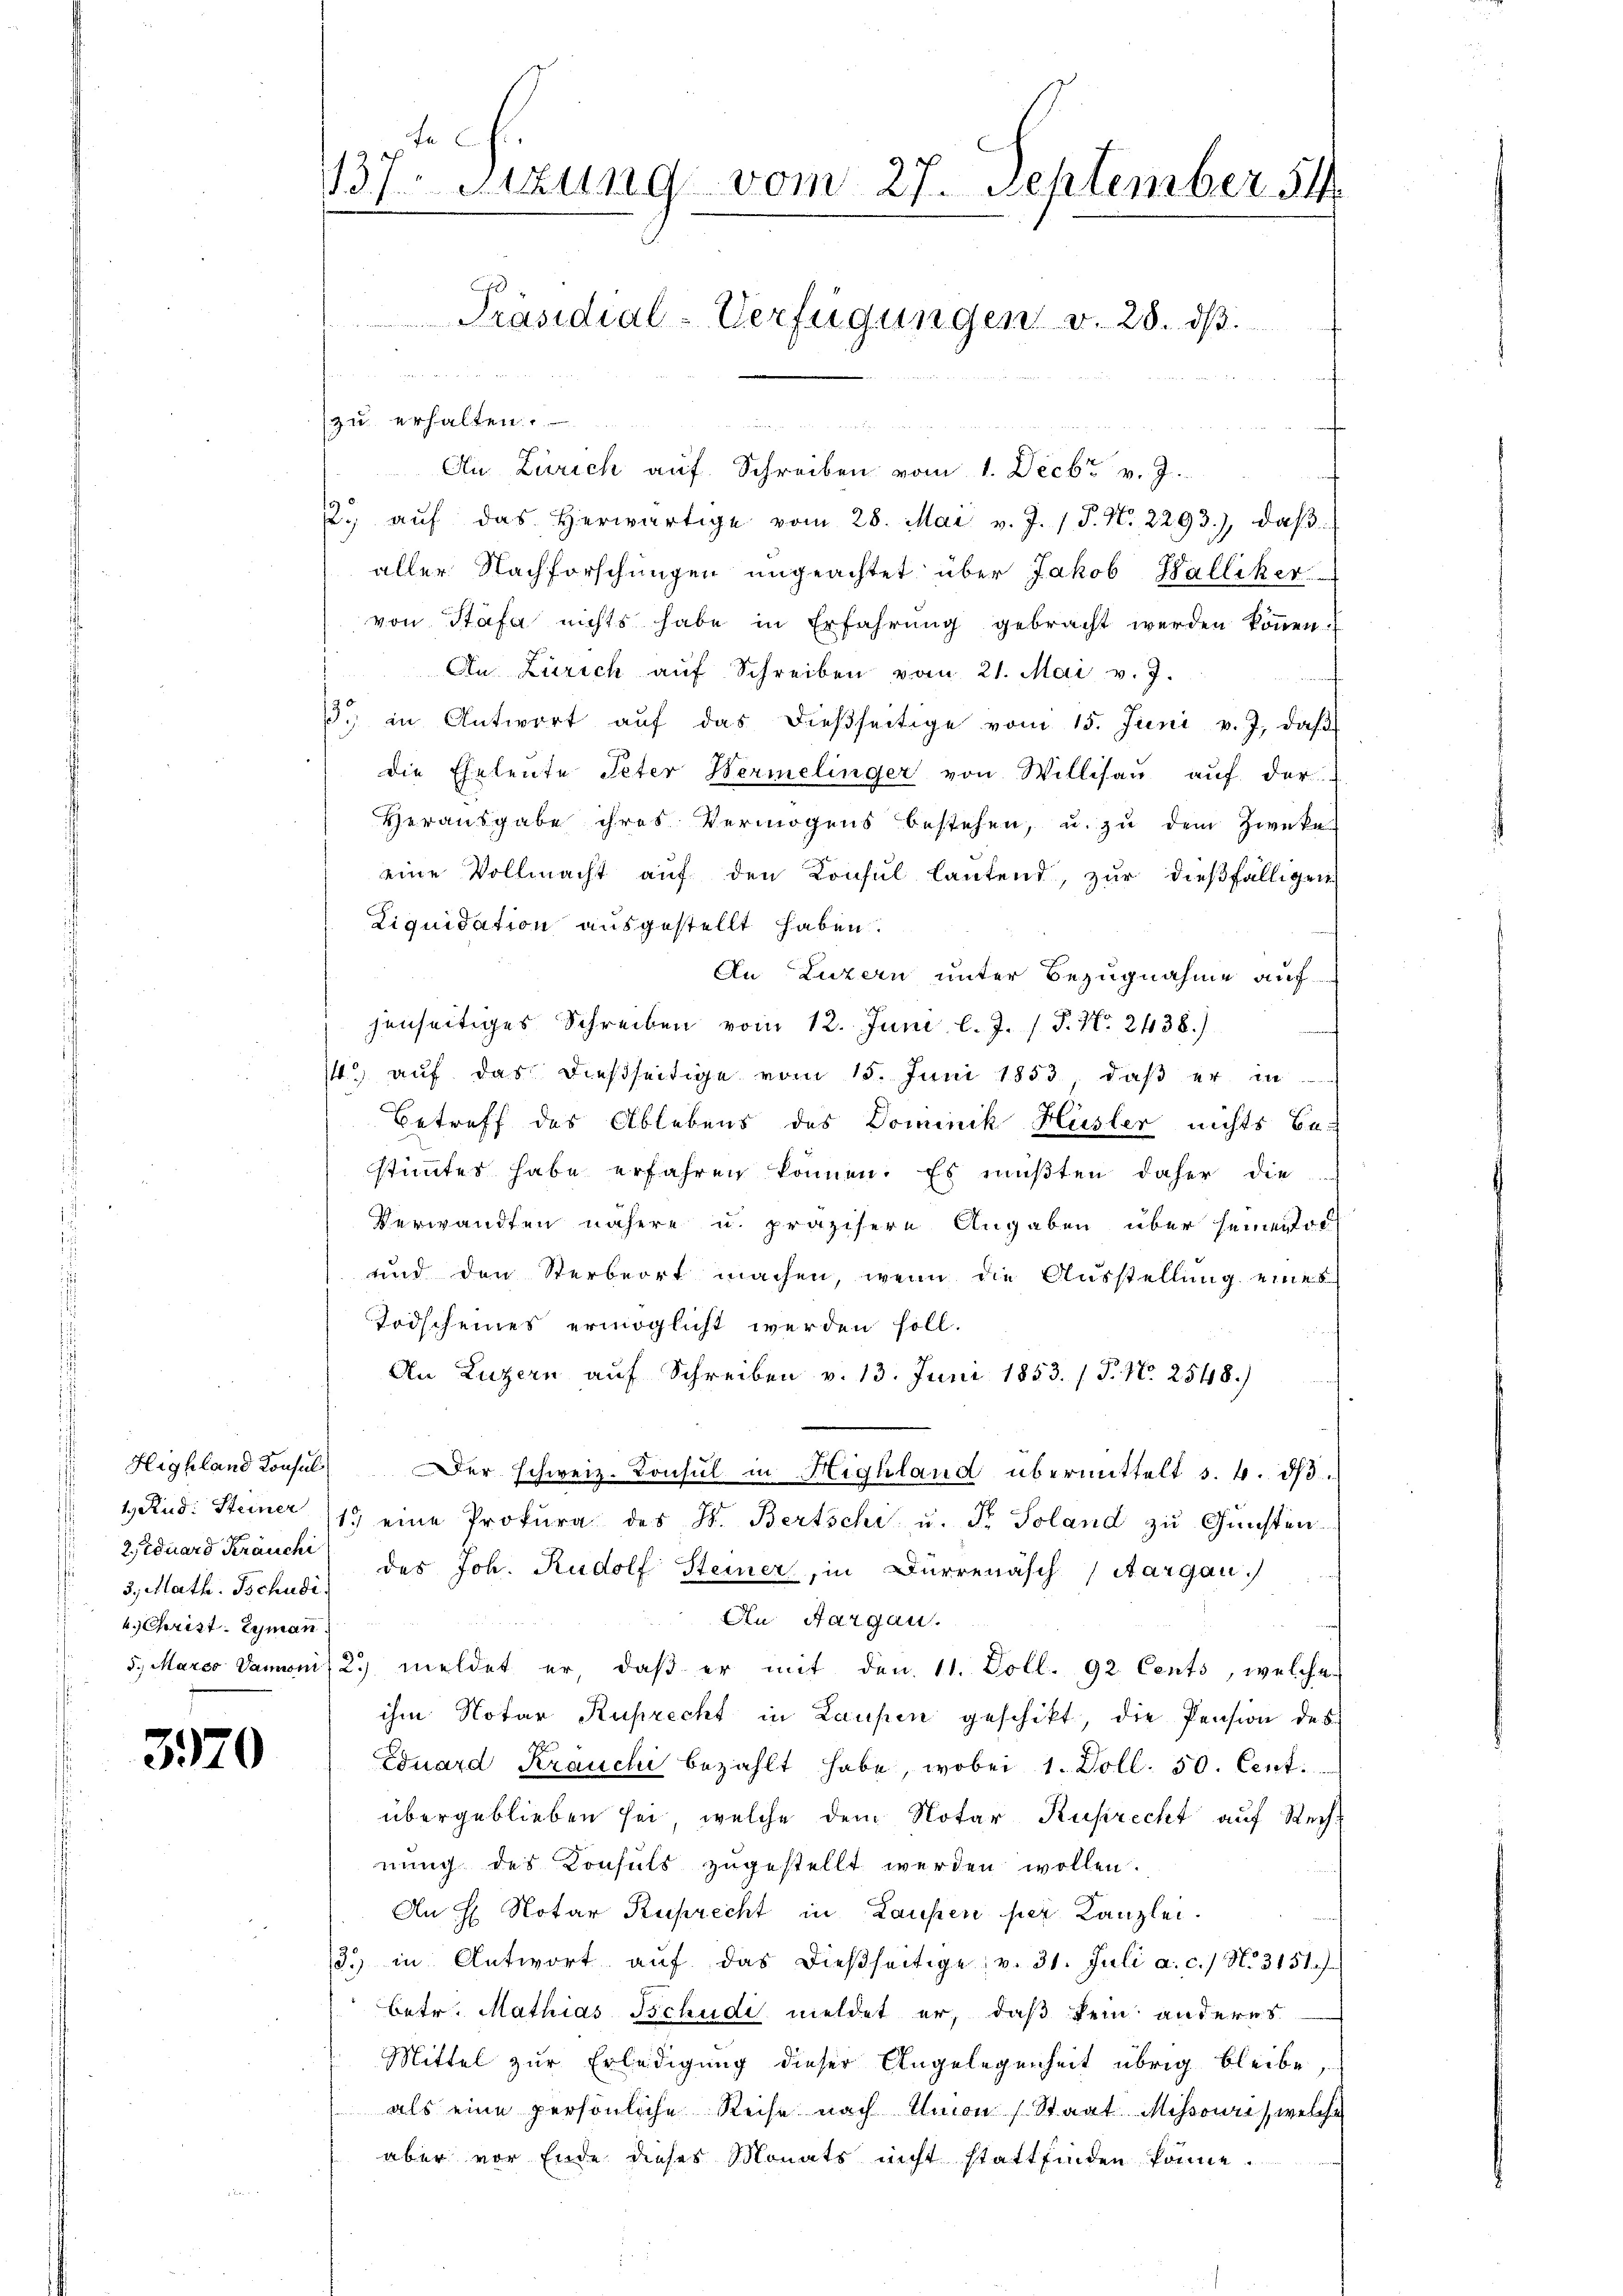
3., Math. Tschudi
4. Christ. Gyman

3970

20 t d. 1.
An Zürich auf Schreiben vom 1. Decbr v. J.
2. aŭf das herwärtige vom 28. Mai v. J. 1 P. N. 2293), daβ
aller Nachforschungen ungeachtet über Jakob Walliker
von Stäfa nichts habe in Erfahrung gebracht werden können.
An Zürich aŭf Schreiben vom 21. Mai v. J.
3. in Antwort aŭf das dießseitige vom 15. Juni v. J. daβ
die Eheleute Peter Hermelinger von Willisaŭ aŭf der
Herausgabe ihres Vermögens bestehen, u. zu dem Zwecke
eine Vollmacht auf den Konsul lautend, zur dießfälligen
Liquidation ausgestellt haben.
An Luzern unter Bezugnahme auf
jenseitiges Schreiben vom 12. Juni l. J. J. P. Nr. 2438.)
s. auf das dießseitige vom 15. Juni 1853, daß er in
Betreff des Ablebens des Dominik Hüsler nichts be-
stimmtes habe erfahren können. Es mußten daher die
Verwandten nähere u. präzisere Angaben über seinertoch
und den Sterbeort machen, wenn die Aŭsstellŭng eines
Todscheines ermöglicht werden soll.
An Luzern aŭf Schreiben v. 13. Juni 1853. / P. N. 2548.)
Highland Konsul Der schweiz. Konsul in Highland übermittelt s. 4. dβ.
1 Rud. Steiner 117 eine Prokura des St. Bertschi u. Fr. Soland zu Gunsten-
Zeduard Kräucht der Joh. Rudolf Steiner, in Dürrenasch (Aargau.
An Aargau.
.
5. Marco Daminis 2. meldet er, daβ er mit den 11. Poll. 92. Cents, welche
ihm Notar Ruprecht in Laufen geschikt, die Pension des
Eduard Kranchi bezahlt habe, wobei 1. Doll. 50. Cent.
übergeblieben sei, welche dem Notar Ruprecht auf Rechnung des Konsuls zugestellt werden wollen.
An H Notar Ruprecht in Laufen hier Kanzlei.
3.) in Antwort auf das dießseitige v. 31. Juli a. c. / N. 3151 f.
betr. Mathias Tschudi meldet er, daß kein anderes
Mittel zur Erledigung dieser Angelegenheit übrig bleibe,
als eine persönliche Reise nach Amon Staat Mihsouris, welche
aber vor Ende dieses Monats nicht stattfinden könne.

e
137 Sizung vom 27. September 54
Präsidial-Verfügungen v. 28. dβ.

zu erhalten.